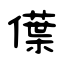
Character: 僷